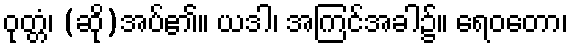
ဝုတ္တံ၊ (ဆို)အပ်၏။ ယဒါ၊ အကြင်အခါ၌။ ရေဝတော၊